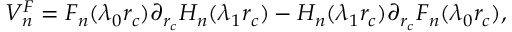
V _ { n } ^ { F } = F _ { n } ( \lambda _ { 0 } r _ { c } ) \partial _ { r _ { c } } H _ { n } ( \lambda _ { 1 } r _ { c } ) - H _ { n } ( \lambda _ { 1 } r _ { c } ) \partial _ { r _ { c } } F _ { n } ( \lambda _ { 0 } r _ { c } ) ,